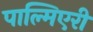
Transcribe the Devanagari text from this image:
पाल्मिएरी